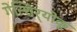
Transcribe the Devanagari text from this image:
गेन्शिर्‍योकू